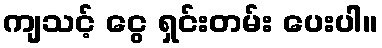
ကျသင့် ငွေ ရှင်းတမ်း ပေးပါ။